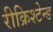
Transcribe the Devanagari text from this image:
रीक्रिश्टेन्ड